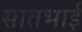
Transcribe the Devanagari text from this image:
सातभाई